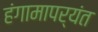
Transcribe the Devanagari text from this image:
हंगामापर्यंत